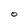
Character: 0